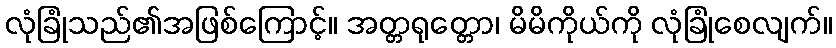
လုံခြုံသည်၏အဖြစ်ကြောင့်။ အတ္တရုတ္တော၊ မိမိကိုယ်ကို လုံခြုံစေလျက်။